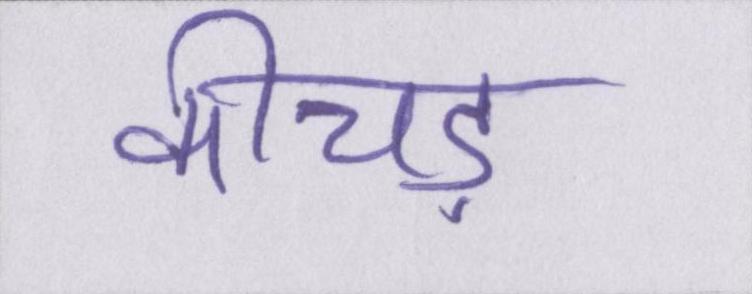
कीचड़